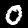
Label: 0